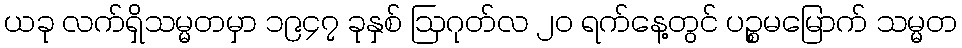
ယခု လက်ရှိသမ္မတမှာ ၁၉၄၇ ခုနှစ် ဩဂုတ်လ ၂၀ ရက်နေ့တွင် ပဉ္စမမြောက် သမ္မတ